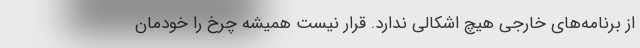
از برنامه‌های خارجی هیچ اشکالی ندارد. قرار نیست همیشه چرخ را خودمان